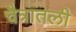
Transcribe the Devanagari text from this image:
चैत्रातली